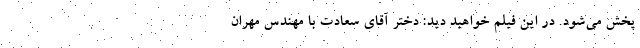
پخش می‌شود. در این فیلم خواهید دید: دختر آقای سعادت با مهندس مهران